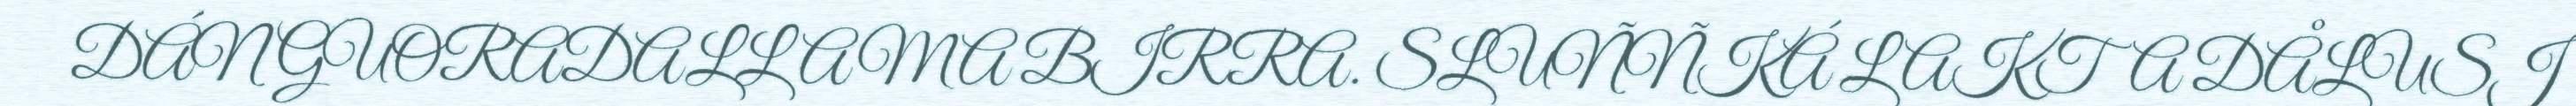
DÁN GUORADALLAMA BIRRA. SLUÑÑKÁ L AKTA DÅLUSJ